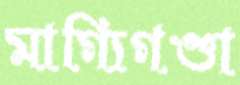
মাগ্যিগণ্ডা